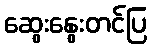
ဆွေးနွေးတင်ပြ